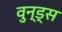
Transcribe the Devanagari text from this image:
वुन्ड्स